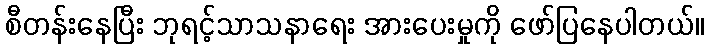
စီတန်းနေပြီး ဘုရင့်သာသနာရေး အားပေးမှုကို ဖော်ပြနေပါတယ်။